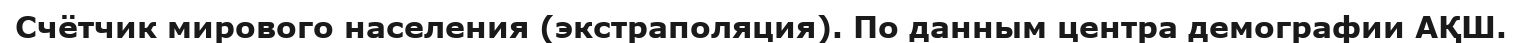
Счётчик мирового населения (экстраполяция). По данным центра демографии АҚШ.